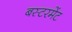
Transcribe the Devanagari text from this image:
बस्टरमेंट